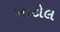
ભાટોલ